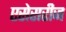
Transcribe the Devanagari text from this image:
एसेसरीज